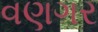
વણગર